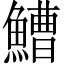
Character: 鰽